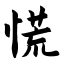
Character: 慌